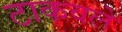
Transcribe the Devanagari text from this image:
टाकवले